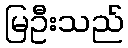
မြဦးသည်